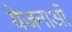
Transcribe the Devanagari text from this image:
येजनाओं